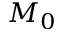
M _ { 0 }